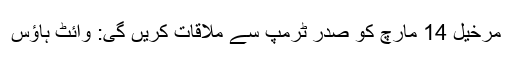
مرخیل 14 مارچ کو صدر ٹرمپ سے ملاقات کریں گی: وائٹ ہاؤس